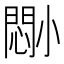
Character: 𫵈